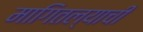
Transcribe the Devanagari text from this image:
मागितल्याची